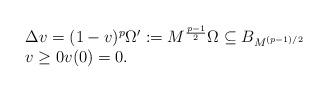
LaTeX: \begin{align*}\begin{array}{l}\Delta v = (1-v)^p \Omega':= M^{\frac{p-1}{2}} \Omega \subseteq B_{M^{(p-1)/2}}\\ v\geq 0 v(0) = 0.\end{array}\end{align*}